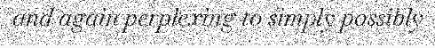
and again perplexing to simply possibly